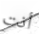
أنت